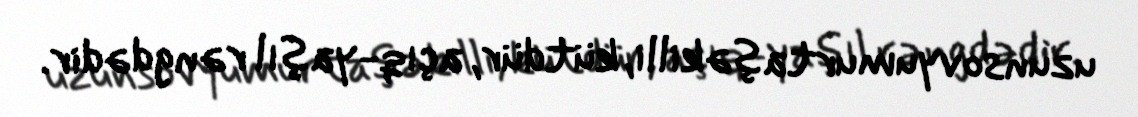
uzunsovyumurtaşəkilli, kütdür, açıq-yaşıl rəngdədir.